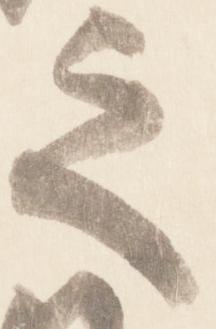
之